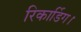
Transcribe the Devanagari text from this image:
रिकार्डिग।